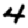
Digit: 4